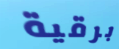
برقية